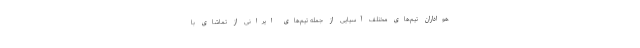
هواداران تیم‌های مختلف آسیایی از جمله تیم‌های ایرانی از تماشای با